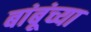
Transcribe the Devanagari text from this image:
बांबूंच्या